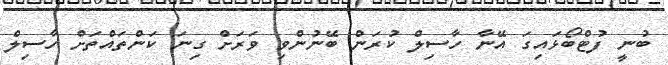
ބުނީ ފުޓްބޯޅައިގަ އޭނާ ހާސިލް ކުރަން ބޭނުންވި ވަރަށް ގިނަ ކަންތައްތަށް ހާސިލް